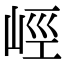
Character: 𡷨